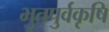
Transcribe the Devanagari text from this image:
भुतपुर्वकृषि